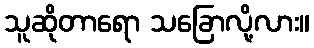
သူဆိုတာရော သခြောလို့လား။